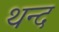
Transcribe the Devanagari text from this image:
थन्द